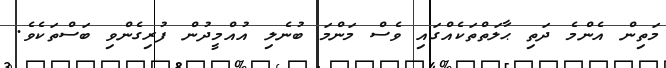
މަތިން އެންމެ ދަތި ޙާލަތްތަކެއްގައި ވެސް މަންމަ ބުނެލި އުއްމީދުން ފުރިގެންވި ބަސްތަކެވެ.